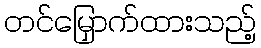
တင်မြှောက်ထားသည့်